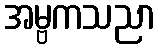
အမ္ဗကသညာ